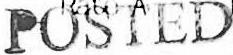
POSTED